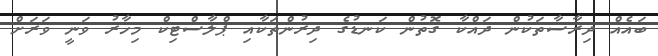
ބައެއް ދިރާސާތަކުން ދައްކާ ގޮތުން ކަނޑުގެ ދިރުންތަކާއި ޕްލާސްޓިކް މިހާރު ވަނީ ވަރަށް